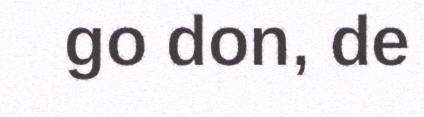
go don, de